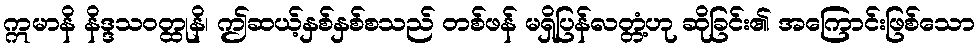
ဣမာနိ နိဒ္ဒသဝတ္ထုနိ၊ ဤဆယ့်နှစ်နှစ်စသည် တစ်ဖန် မရှိပြန်လတ္တံ့ဟု ဆိုခြင်း၏ အကြောင်းဖြစ်သော